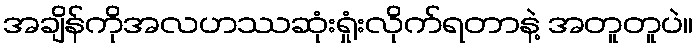
အချိန်ကိုအလဟဿဆုံးရှုံးလိုက်ရတာနဲ့ အတူတူပဲ။